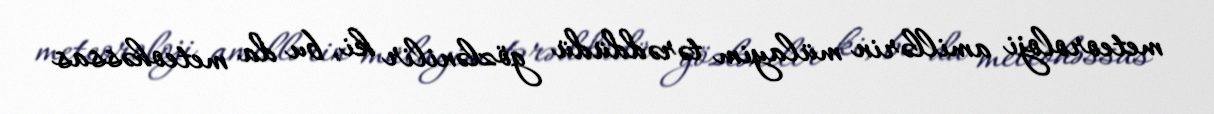
meteoroloji amillərin mülayim tərəddüdü gözlənilir ki, bu da meteohəssas